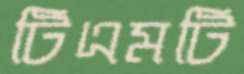
টিএমটি